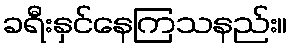
ခရီးနှင်နေကြသနည်း။